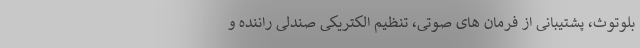
بلوتوث، پشتیبانی از فرمان های صوتی، تنظیم الکتریکی صندلی راننده و